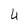
Character: U